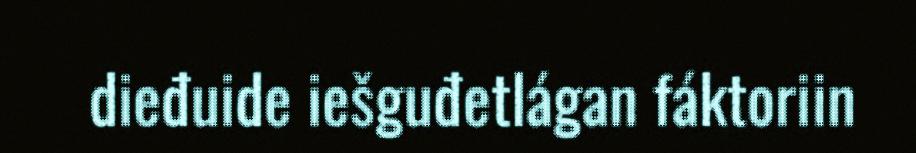
dieđuide iešguđetlágan fáktoriin